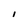
Character: I